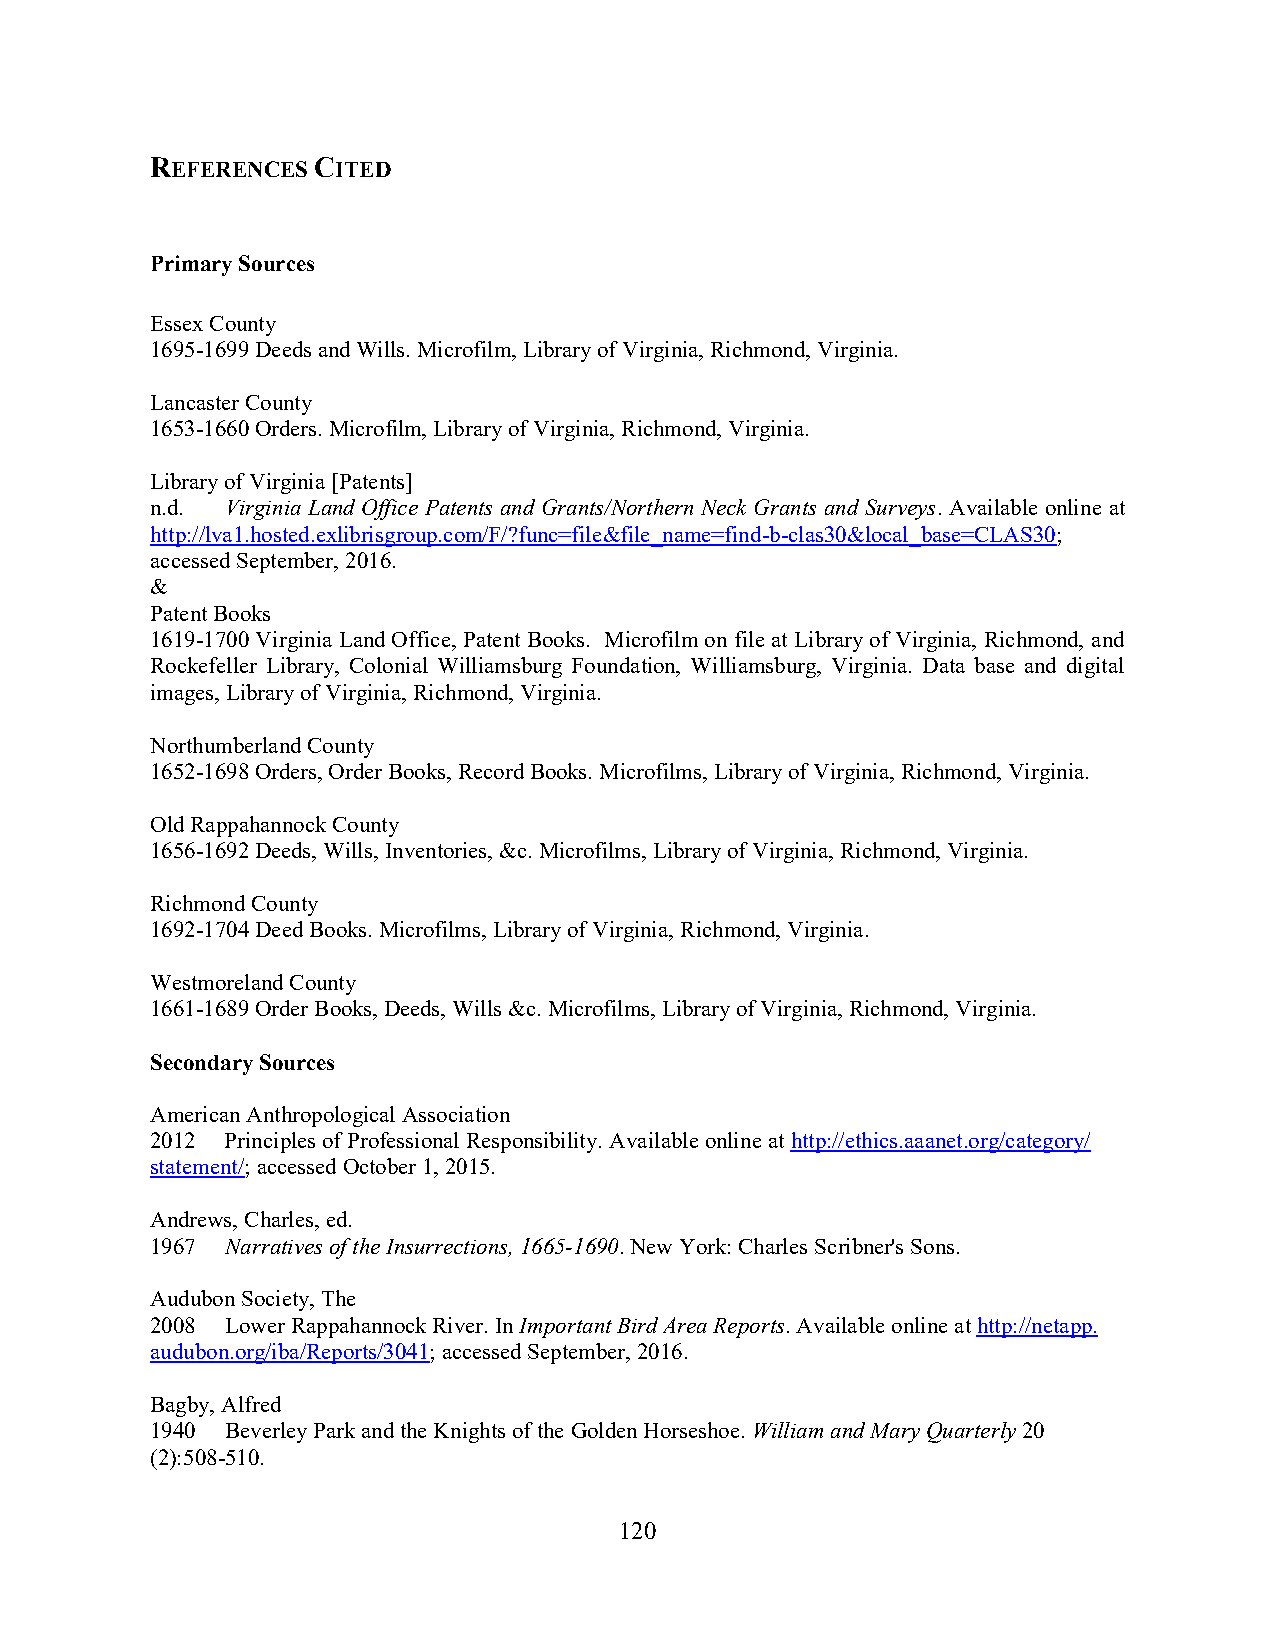
REFERENCES CITED
 Primary Sources
 Essex County
 1695-1699 Deeds and Wills. Microfilm, Library of Virginia, Richmond, Virginia.
 Lancaster County
 1653-1660 Orders. Microfilm, Library of Virginia, Richmond, Virginia.
 Library of Virginia [Patents]
 n.d. Virginia Land Office Patents and Grants/Northern Neck Grants and Surveys. Available online at
 http://lva1.hosted.exlibrisgroup.com/F/?func=file&file_name=find-b-clas30&local_base=CLAS30;
 accessed September, 2016.
 &
 Patent Books
 1619-1700 Virginia Land Office, Patent Books. Microfilm on file at Library of Virginia, Richmond, and
 Rockefeller Library, Colonial Williamsburg Foundation, Williamsburg, Virginia. Data base and digital
 images, Library of Virginia, Richmond, Virginia.
 Northumberland County
 1652-1698 Orders, Order Books, Record Books. Microfilms, Library of Virginia, Richmond, Virginia.
 Old Rappahannock County
 1656-1692 Deeds, Wills, Inventories, &c. Microfilms, Library of Virginia, Richmond, Virginia.
 Richmond County
 1692-1704 Deed Books. Microfilms, Library of Virginia, Richmond, Virginia.
 Westmoreland County
 1661-1689 Order Books, Deeds, Wills &c. Microfilms, Library of Virginia, Richmond, Virginia.
 Secondary Sources
 American Anthropological Association
 2012 Principles of Professional Responsibility. Available online at http://ethics.aaanet.org/category/
 statement/; accessed October 1, 2015.
 Andrews, Charles, ed.
 1967 Narratives of the Insurrections, 1665-1690. New York: Charles Scribner's Sons.
 Audubon Society, The
 2008 Lower Rappahannock River. In Important Bird Area Reports. Available online at http://netapp.
 audubon.org/iba/Reports/3041; accessed September, 2016.
 Bagby, Alfred
 1940 Beverley Park and the Knights of the Golden Horseshoe. William and Mary Quarterly 20
 (2):508-510.
 120